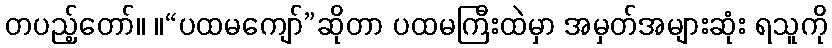
တပည့်တော်။ ။“ပထမကျော်”ဆိုတာ ပထမကြီးထဲမှာ အမှတ်အများဆုံး ရသူကို